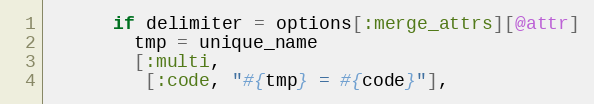
Language: Ruby
      if delimiter = options[:merge_attrs][@attr]
        tmp = unique_name
        [:multi,
         [:code, "#{tmp} = #{code}"],